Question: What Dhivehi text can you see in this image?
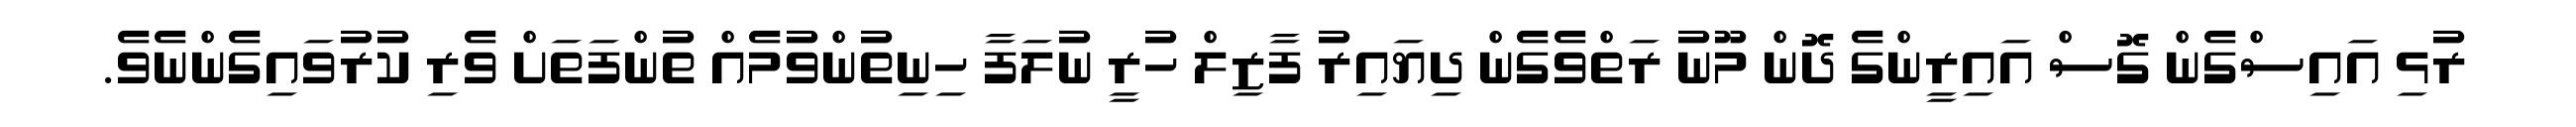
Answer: ރުޅި އައިސްގެން ގޮސް އައިރީންގެ ދޮން މޫނު ރަތްވެގެން ދިޔައިރު ފާޒިލް ހުރީ ނުލަފާ ހިނިތުންވުމެއް ތުންފަތަށް ވެރި ކުރުވައިގެންނެވެ.